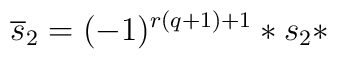
\overline{s}_2 = (-1)^{r(q+1)+1} * s_2 *